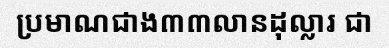
ប្រមាណជាង៣៣លានដុល្លារ ជា